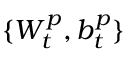
\{ W _ { t } ^ { p } , b _ { t } ^ { p } \}